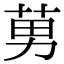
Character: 莮